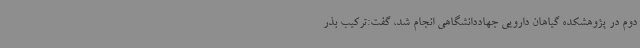
دوم در پژوهشکده گیاهان دارویی جهاددانشگاهی انجام شد، گفت:ترکیب بذر